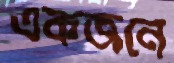
একজনে